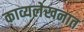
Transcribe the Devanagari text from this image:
काव्यलेखनात